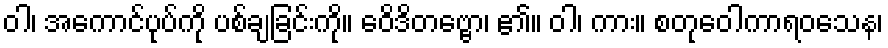
ဝါ၊ အကောင်ပုပ်ကို ပစ်ချခြင်းကို။ ဝေိဒိတဗ္ဗော၊ ၏။ ဝါ၊ ကား။ စတုဝေါကာရဝသေန၊